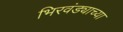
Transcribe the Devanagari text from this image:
भिरवंड्याच्या